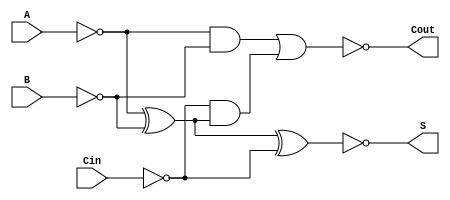
module negative_full_adder (
    input wire A,     // First significant bit
    input wire B,     // Second significant bit
    input wire Cin,   // Carry-in
    output wire S,    // Sum
    output wire Cout   // Carry-out
);

// Intermediate signals for inverted logic
wire A_inv, B_inv, Cin_inv; // Inverted inputs
wire S_temp, Cout_temp;     // Intermediate outputs

// Inversion of inputs for negative logic
assign A_inv = ~A;
assign B_inv = ~B;
assign Cin_inv = ~Cin;

// Sum calculation: S = A  B  Cin
assign S_temp = A_inv ^ B_inv ^ Cin_inv; // XOR in negation logic
// Invert the output for negative logic
assign S = ~S_temp;

// Carry-out calculation: Cout = (A AND B) OR (Cin AND (A XOR B))
wire AB_and, A_xor_B;

// AND operation for the first part of Cout
assign AB_and = A_inv & B_inv; // A AND B in negation logic

// XOR operation for A and B
assign A_xor_B = A_inv ^ B_inv;

// AND operation for the second part of Cout
wire Cin_and_A_xor_B;
assign Cin_and_A_xor_B = Cin_inv & A_xor_B; // Cin AND (A XOR B)

// Final Carry-out calculation
assign Cout_temp = AB_and | Cin_and_A_xor_B; // OR logic for Cout
// Invert Cout for negative logic
assign Cout = ~Cout_temp;

endmodule